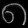
Digit: ၈